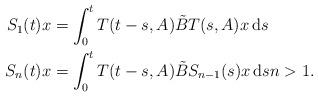
LaTeX: \begin{align*} \begin{aligned}S_{1}(t)x&=\int_{0}^{t} T(t-s,A)\tilde{B}T(s,A)x\,\textnormal{d}s \\S_{n}(t)x&=\int_{0}^{t} T(t-s,A)\tilde{B}S_{n-1}(s)x\,\textnormal{d}s n> 1.\end{aligned}\end{align*}